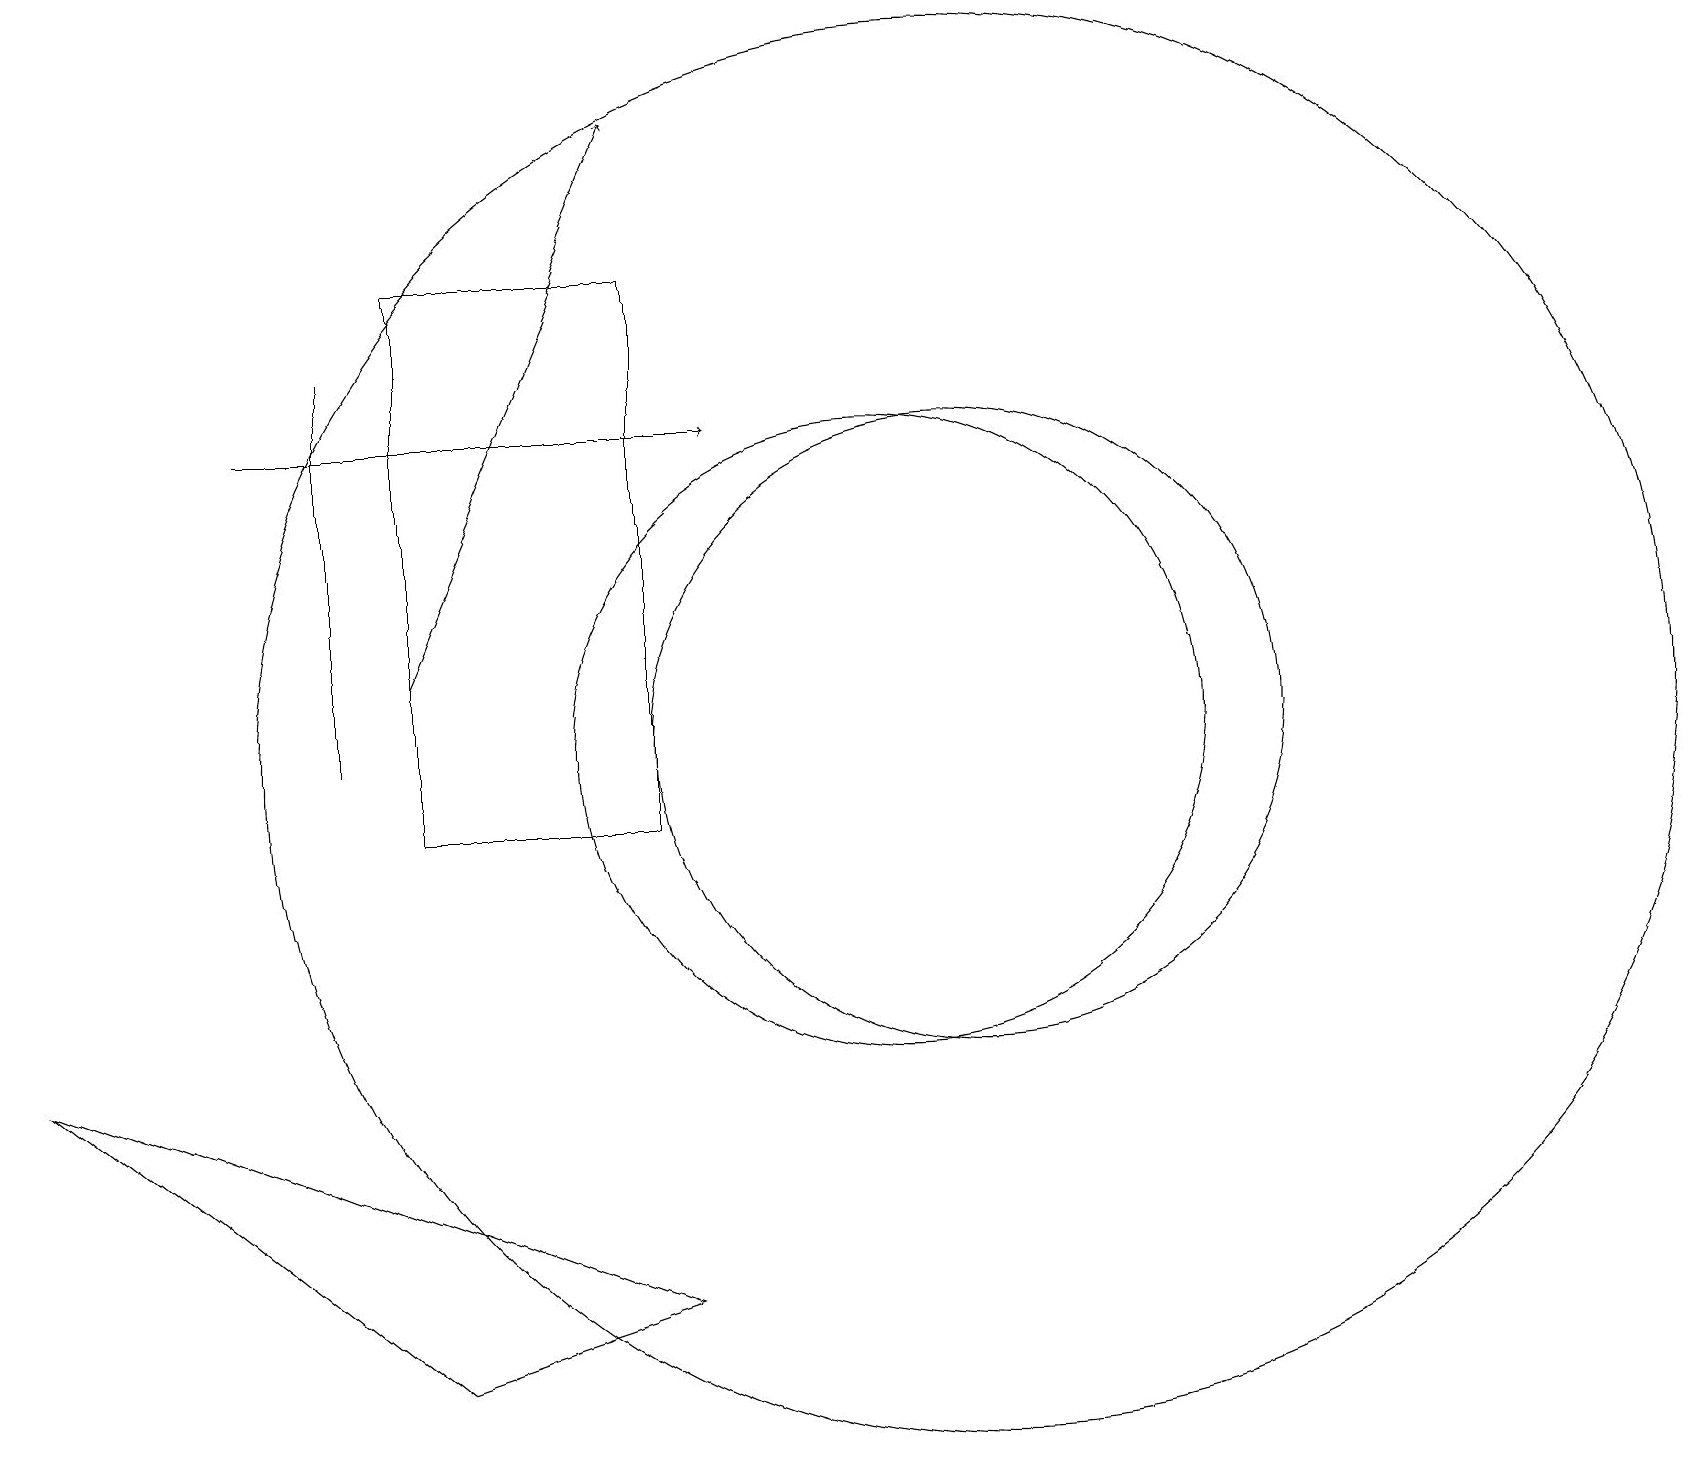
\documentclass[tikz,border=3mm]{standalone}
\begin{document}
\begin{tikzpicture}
\draw (4,16) rectangle (4,11);
\draw[->] (5,12) -- (8,19);
\draw (8,4) -- (5,3) -- (0,7) -- cycle;
\draw (11,11) circle (4);
\draw (5,17) rectangle (8,10);
\draw (12,11) circle (9);
\draw[->] (3,15) -- (9,15);
\draw (12,11) circle (4);
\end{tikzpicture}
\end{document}